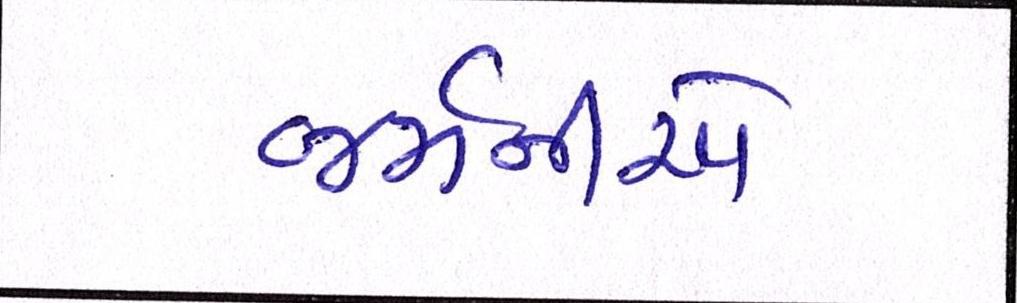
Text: જર્મનીએ